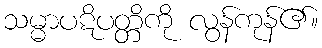
သမ္မာပဋိပတ္တိကို လွန်ကုန်၏။